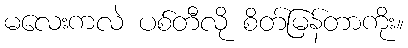
မလေးကလဲ ပစ်တီလို စိတ်မြန်တာကိုး။